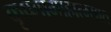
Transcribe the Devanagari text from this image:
कृष्णामाहात्म्यात